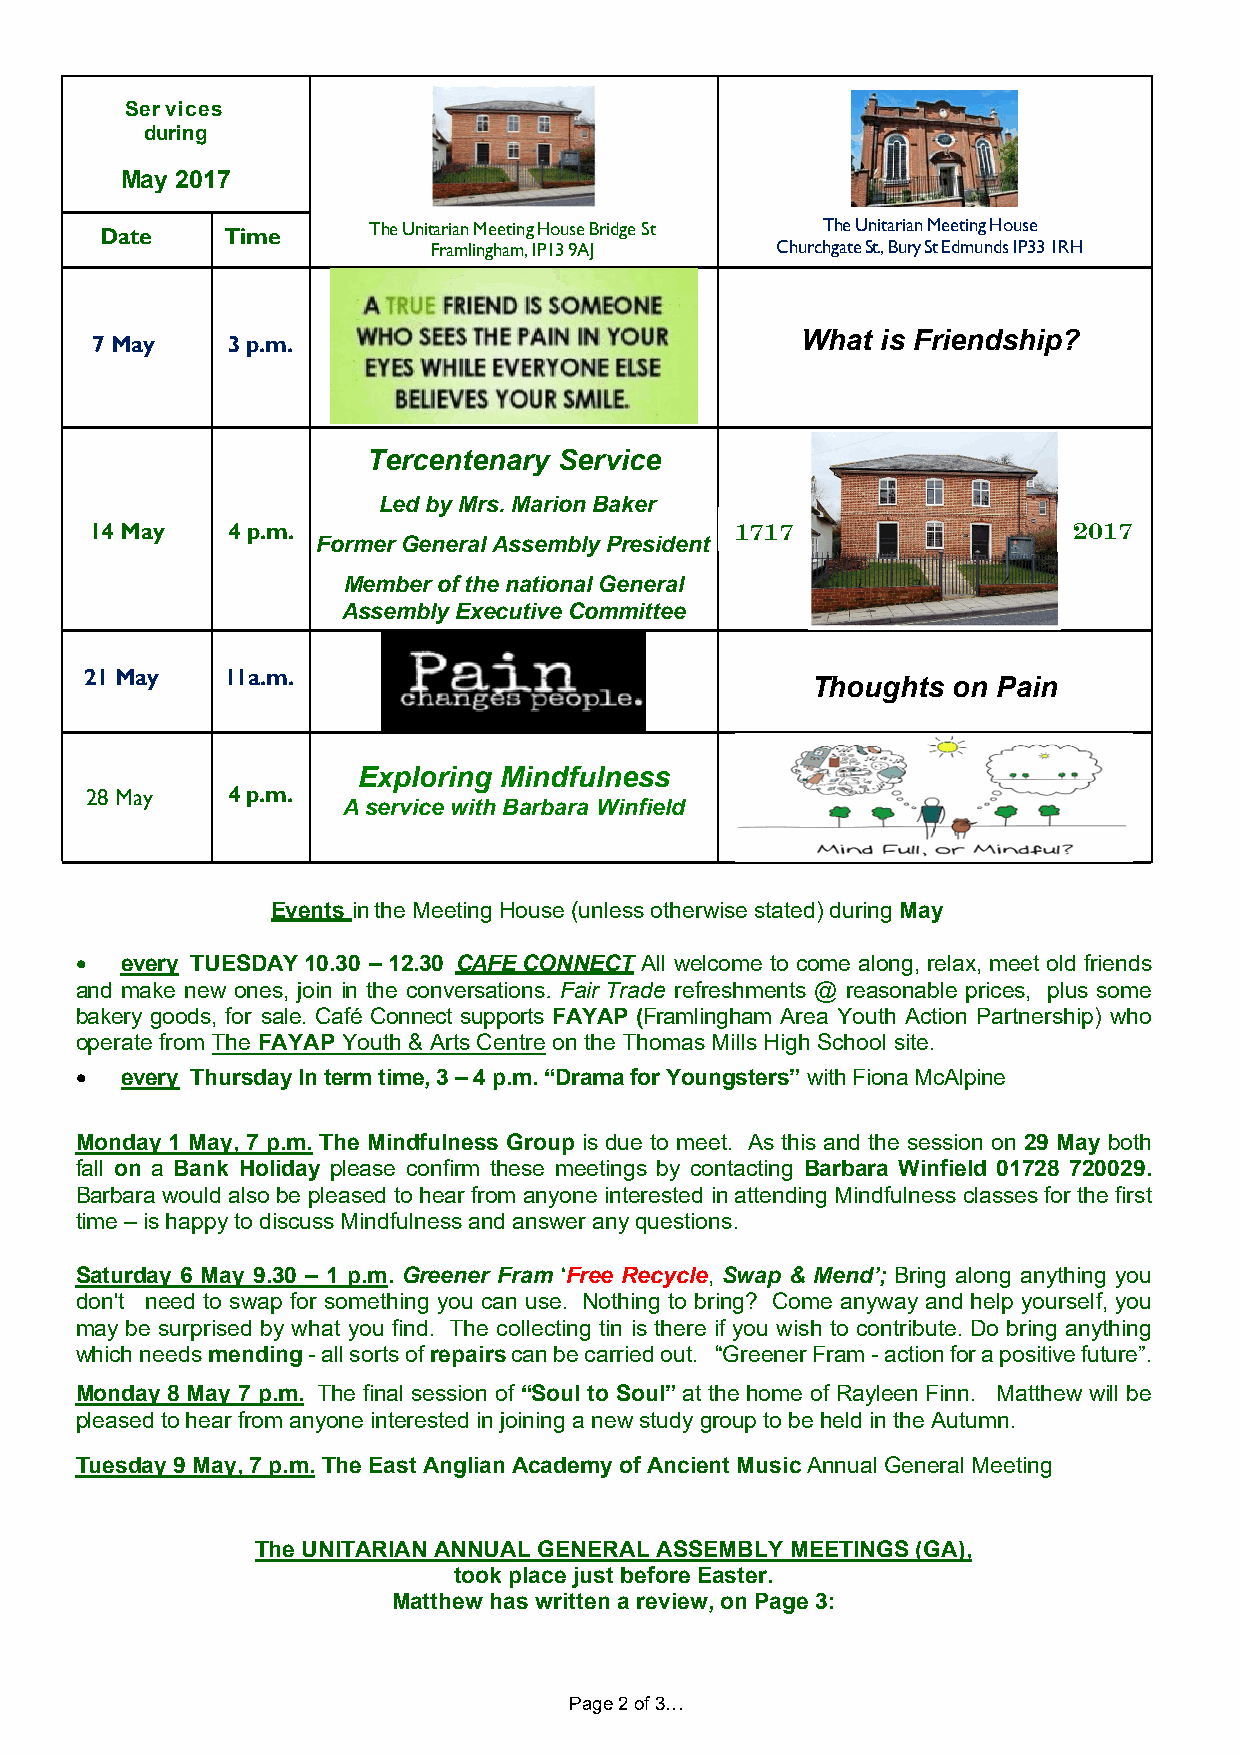
Ser vices
 during
 May 2017
 Date    Time     The Unitarian Meeting House Bridge St The Unitarian Meeting House
 Framlingham, IP13 9AJ Churchgate St., Bury St Edmunds IP33 1RH
 7 May    3 p.m.
 What is Friendship?
 Tercentenary Service
 Led by Mrs. Marion Baker
 14 May   4 p.m.                            1717                  2017
 Former General Assembly President
 Member of the national General
 Assembly Executive Committee
 21 May   11a.m.                                 Thoughts on Pain
 Exploring Mindfulness
 28 May   4 p.m.
 A service with Barbara Winfield
 Events in the Meeting House (unless otherwise stated) during May
   every TUESDAY 10.30 – 12.30 CAFE CONNECT All welcome to come along, relax, meet old friends
 and make new ones, join in the conversations. Fair Trade refreshments @ reasonable prices, plus some
 bakery goods, for sale. Café Connect supports FAYAP (Framlingham Area Youth Action Partnership) who
 operate from The FAYAP Youth & Arts Centre on the Thomas Mills High School site.
   every Thursday In term time, 3 – 4 p.m. “Drama for Youngsters” with Fiona McAlpine
 Monday 1 May, 7 p.m. The Mindfulness Group is due to meet. As this and the session on 29 May both
 fall on a Bank Holiday please confirm these meetings by contacting Barbara Winfield 01728 720029.
 Barbara would also be pleased to hear from anyone interested in attending Mindfulness classes for the first
 time – is happy to discuss Mindfulness and answer any questions.
 Saturday 6 May 9.30 – 1 p.m. Greener Fram ‘Free Recycle, Swap & Mend’; Bring along anything you
 don't need to swap for something you can use. Nothing to bring? Come anyway and help yourself, you
 may be surprised by what you find. The collecting tin is there if you wish to contribute. Do bring anything
 which needs mending - all sorts of repairs can be carried out. “Greener Fram - action for a positive future”.
 Monday 8 May 7 p.m. The final session of “Soul to Soul” at the home of Rayleen Finn. Matthew will be
 pleased to hear from anyone interested in joining a new study group to be held in the Autumn.
 Tuesday 9 May, 7 p.m. The East Anglian Academy of Ancient Music Annual General Meeting
 The UNITARIAN ANNUAL GENERAL ASSEMBLY MEETINGS (GA),
 took place just before Easter.
 Matthew has written a review, on Page 3:
 Page 2 of 3…